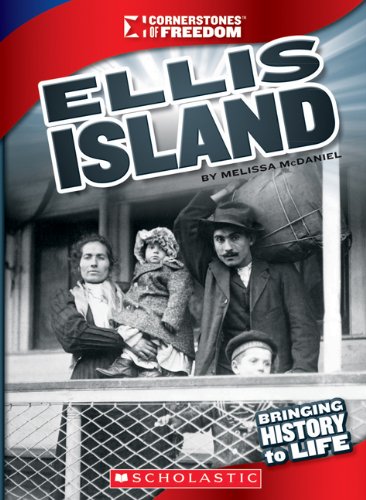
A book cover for Ellis Island (Cornerstones of Freedom. Third Series); Melissa McDaniel; Children's Books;